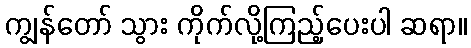
ကျွန်တော် သွား ကိုက်လို့ကြည့်ပေးပါ ဆရာ။